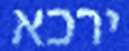
ירכא